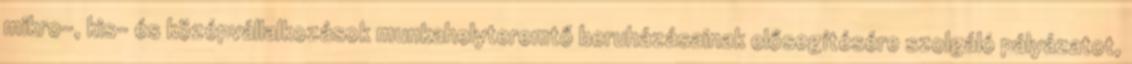
mikro-, kis- és középvállalkozások munkahelyteremtő beruházásainak elősegítésére szolgáló pályázatot,